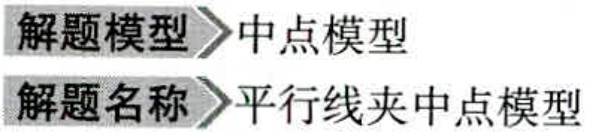
解题模型 中点模型

解题名称 平行线夹中点模型